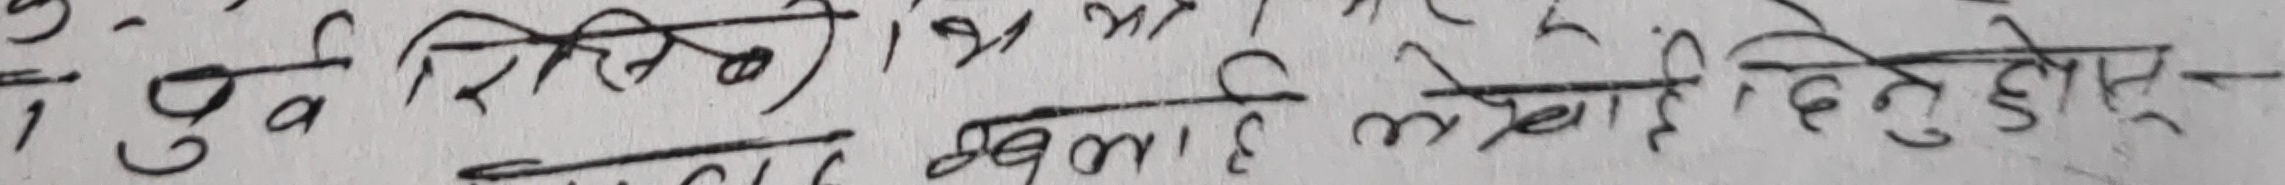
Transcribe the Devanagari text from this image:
१ दुव शिरिकट १ ३ म २
प्रमाण खुलाई लेखाइ दिनुहुने -